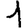
Digit: 1